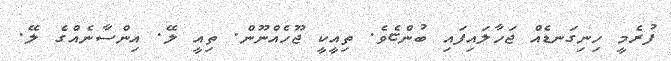
ފުރެމީ ހިނިގަނޑެއް ޖަހާލައިފައި ބުންޏެވެ. ތިއީކީ ޖޫހެއްނޫން. ތިއީ ލޭ. އިންސާނެއްގެ ލޭ.